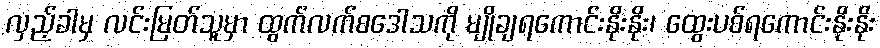
လှည့်ခါမှ လင်းမြတ်သူမှာ ထွက်လက်စဒေါသကို မျိုချရကောင်းနိုးနိုး၊ ထွေးပစ်ရကောင်းနိုးနိုး